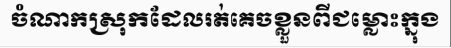
ចំណាកស្រុកដែលរត់គេចខ្លួនពីជម្លោះក្នុង